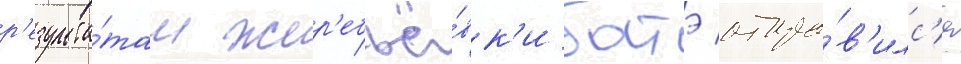
р'езульта́там жер'ебьё́вк'и батэ отпра́в'илс'я